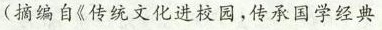
( 摘编自《传统文化进校园,传承国学经典